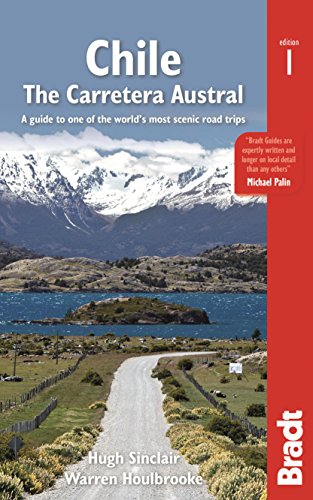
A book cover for Chile: The Carretera Austral: A Guide to One of the World's Most Scenic Road Trips (Bradt Travel Guide); Hugh Sinclair; Travel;